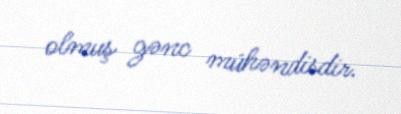
olmuş gənc mühəndisdir.